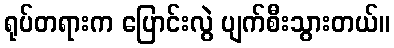
ရုပ်တရားက ပြောင်းလွဲ ပျက်စီးသွားတယ်။